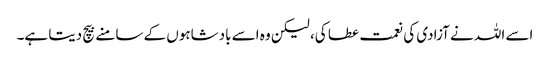
اسے اللہ نے آزادی کی نعمت عطا کی، لیکن وہ اسے بادشاہوں کے سامنے بیچ دیتا ہے۔